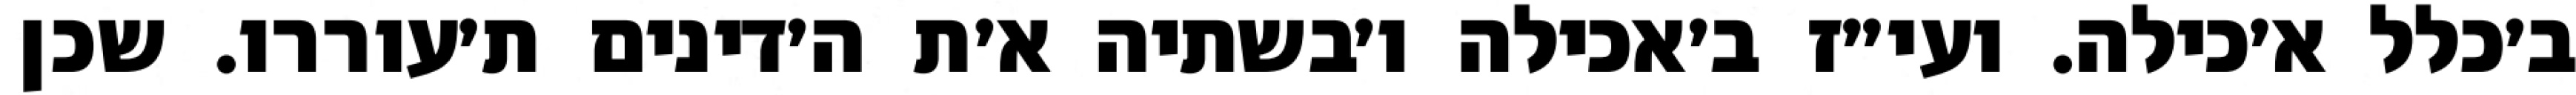
ב׳כלל א׳כילה. ועי״ז ב׳אכילה ו׳בשתיה א׳ת ה׳דינים ת׳עוררו. שכן